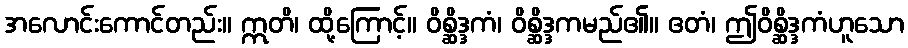
အလောင်းကောင်တည်း။ ဣတိ၊ ထို့ကြောင့်။ ဝိစ္ဆိဒ္ဒကံ၊ ဝိစ္ဆိဒ္ဒကမည်၏။ ဧတံ၊ ဤဝိစ္ဆိဒ္ဒကံဟူသော